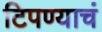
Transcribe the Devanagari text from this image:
टिपण्याचं